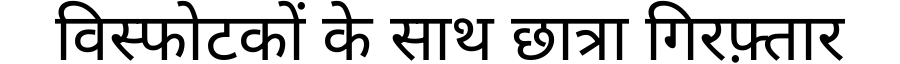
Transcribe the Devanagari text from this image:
विस्फोटकों के साथ छात्रा गिरफ़्तार